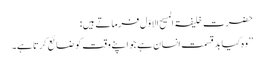
حضرت خلیفۃ المسیح الاوّل فرماتے ہیں:
’’وہ کیا بد قسمت انسان ہے جو اپنے وقت کو ضائع کرتا ہے۔